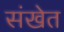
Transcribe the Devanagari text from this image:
संखेत